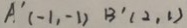
A ^ { \prime } ( - 1 , - 1 ) B ^ { \prime } ( 2 . 1 )